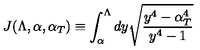
J ( \Lambda , \alpha , \alpha _ { T } ) \equiv \int _ { \alpha } ^ { \Lambda } d y \sqrt { \frac { y ^ { 4 } - \alpha _ { T } ^ { 4 } } { y ^ { 4 } - 1 } }